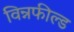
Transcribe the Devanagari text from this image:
विन्नफील्ड